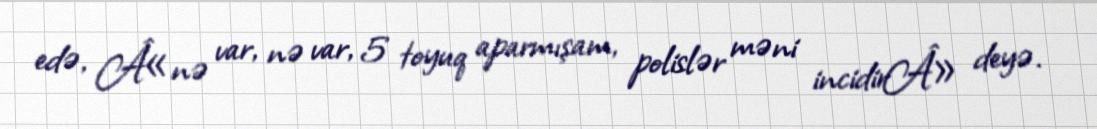
edə, Â«nə var, nə var, 5 toyuq aparmışam, polislər məni incidirÂ» deyə.